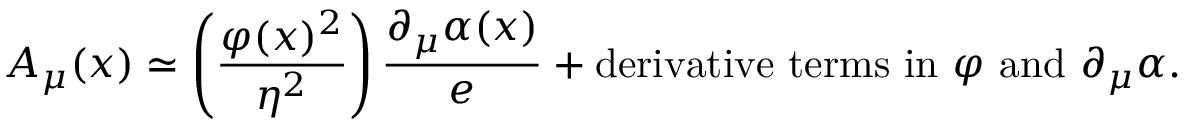
A _ { \mu } ( x ) \simeq \left( { \frac { \varphi ( x ) ^ { 2 } } { \eta ^ { 2 } } } \right) { \frac { \partial _ { \mu } \alpha ( x ) } { e } } + \mathrm { d e r i v a t i v e \ t e r m s \ i n \ } \varphi \mathrm { \ a n d \ } \partial _ { \mu } \alpha .